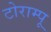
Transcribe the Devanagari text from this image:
टोराम्पू